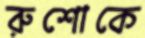
রুশোকে